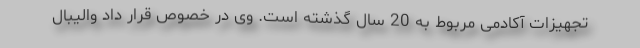
تجهیزات آکادمی مربوط به 20 سال گذشته است. وی در خصوص قرار داد والیبال